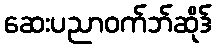
ဆေးပညာဝက်ဘ်ဆိုဒ်